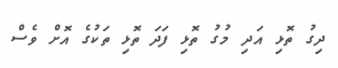
ދިގު ތޮޅި އަދި މުގު ތޮޅި ފަދަ ތޮޅި ތަކުގެ އޮށް ވެސް